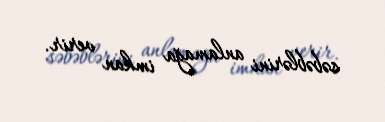
səbəblərini anlamağa imkan verir.